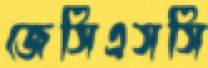
জেসিএসসি